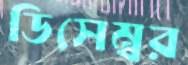
ডিসেম্বর